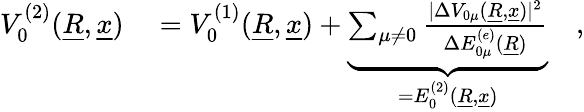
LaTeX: \begin{array}{rl}{V_{0}^{(2)}(\underline{{R}},\underline{{x}})}&{{}=V_{0}^{(1)}(\underline{{R}},\underline{{x}})+\underbrace{\sum_{\mu\neq 0}\frac{\vert\Delta V_{0\mu}(\underline{{R}},\underline{{x}})\vert^{2}}{\Delta E_{0\mu}^{(e)}(\underline{{R}})}}_{=E_{0}^{(2)}(\underline{{R}},\underline{{x}})}\quad,}\end{array}